Quinine and its salts - Number 41
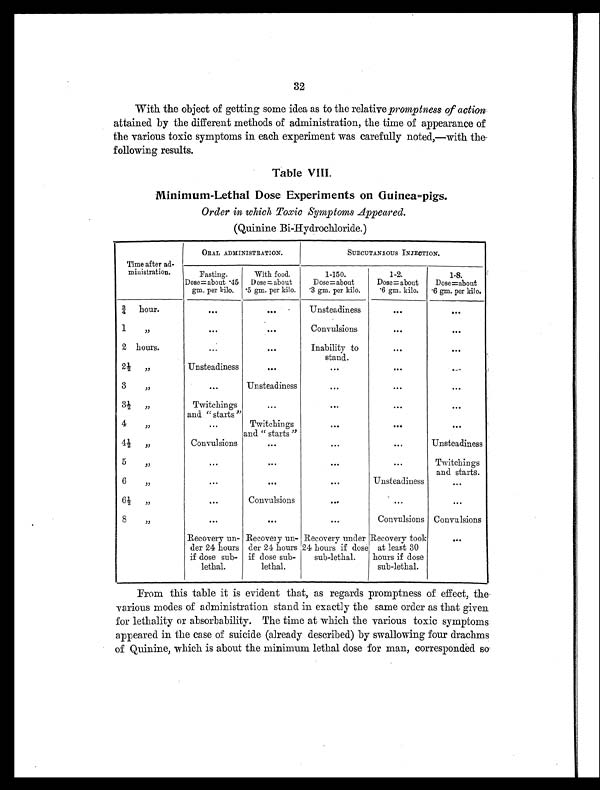
32
With the object of getting some idea as to the relative promptness of action
attained by the different methods of administration, the time of appearance of
the various toxic symptoms in each experiment was carefully noted,—with the
following results.
Table VIII.
Minimum-Lethal Dose Experiments on Guinea=pigs.
Order in which Toxic symptoms Appeared.
(Quinine Bi-Hydrochloride.)
Time after ad-
ministration.
ORAL ADMINISTRATION.
SUBCUTANEOUS INJECTION.
Fasting.
Dose= about .45
gm. per kilo.
With food.
Dose =about
.5 gm. per kilo.
1-150.
Dose= about
.3 gm. per kilo.
1-2.
Dose= about
.6 gm. kilo.
1-8.
Dose=about
.6 gm. per kilo.
¾ hour..
. . .
...
. . .
. . .
1
"
. . .
. . .
Convulsions
. . .
. .
2 hours.
...
. . .
Inability to
stand.
. . .
. . .
2½ "
Unsteadiness
. . .
...
...
. . .
3
"
...
Unsteadiness
. . .
. . .
. . .
3 ½ "
T w i t c h i n g s
and "starts"
...
...
...
. . .
4
"
. . .
Twitchin g s
and "starts"
...
. . .
. . .
4½ "
Convulsions
...
. . .
. . .
Unsteadiness
5 "
...
...
...
. . .
T w i t c h i n g
and starts.
6
. . .
...
Unsteadiness
. . .
6 ½ "
. . .
Convulsions
. . .
...
. . .
8
"
...
. . .
...
Convulsions Convulsions
Recovery un-
der 24 hours
if dose sub-
lethal.
Recover un-
der 24 hours
if dose sub-
lethal.
Recovery under
24 hours if dose
sub-lethal.
Recovery took
at least 30
hours if dose
. . .
From this table it is evident that, as regards promptness of effect, the
various modes of administration stand in exactly the same order as that given
for lethality or absorbability. The time at which the various toxic symptoms
appeared in the case of suicide (already described) by swallowing four drachms
of Quinine, which is about the minimum lethal dose for man, corresponded so